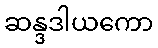
ဆန္ဒဒါယကော